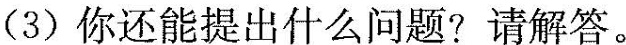
（3）你还能提出什么问题？请解答。